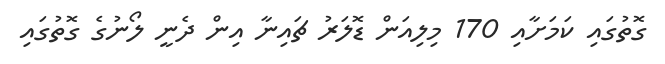
ގޮތުގައި ކަމަށާއި 170 މިލިއަން ޑޮލަރު ޗައިނާ އިން ދެނީ ލޯނުގެ ގޮތުގައި